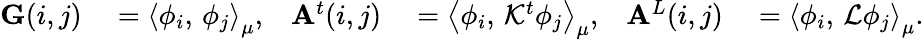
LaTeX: \begin{array}{rlrlrl}{\mathbf{G}(i,j)}&{{}=\left\langle\phi_{i},\, \phi_{j}\right\rangle_{\mu},}&{\mathbf{A}^{t}(i,j)}&{{}=\left\langle\phi_{i},\, \mathcal{K}^{t}\phi_{j}\right\rangle_{\mu},}&{\mathbf{A}^{L}(i,j)}&{{}=\left\langle\phi_{i},\, \mathcal{L}\phi_{j}\right\rangle_{\mu}.}\end{array}